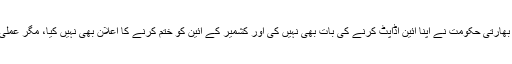
بہت چالاکی سے بھارتی حکومت نے اپنا آئین اڈاپٹ کرنے کی بات بھی نہیں کی اور کشمیر کے آئین کو ختم کرنے کا اعلان بھی نہیں کیا، مگر عملی طور پر یہی کیا۔